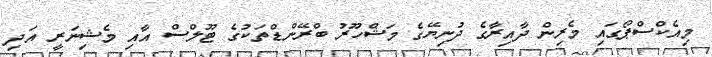
މިއެކްސްޕޯގައި މެރިން ދާއިރާގެ ދުނިޔޭގެ މަޝްހޫރު ބްރޭންޑްތަކުގެ ޓޫލްސް އާއި މެޝިނަރީ އަދި